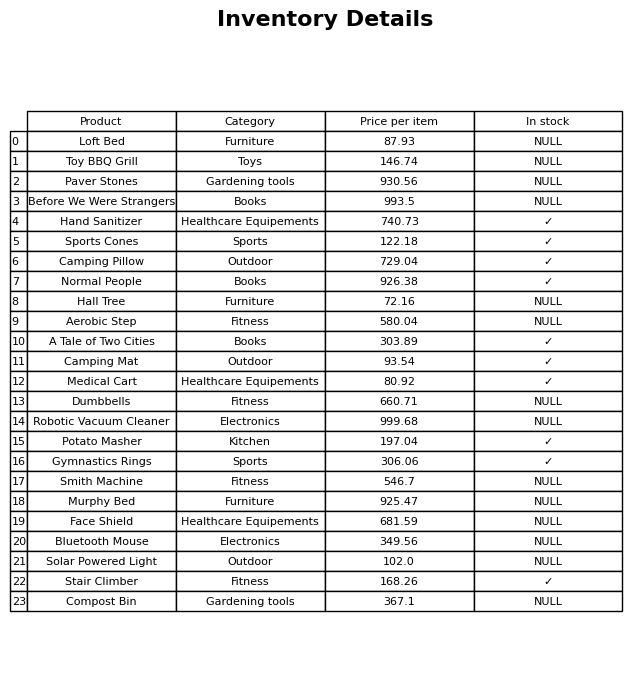
question: What is the stock status of the Murphy Bed?
answer: NULL